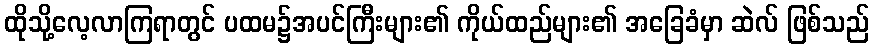
ထိုသို့လေ့လာကြရာတွင် ပထမ၌အပင်ကြီးများ၏ ကိုယ်ထည်များ၏ အခြေခံမှာ ဆဲလ် ဖြစ်သည်